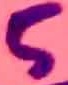
Text: 5